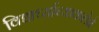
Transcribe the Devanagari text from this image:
विद्यार्थ्याच्याकलेने